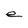
Character: e